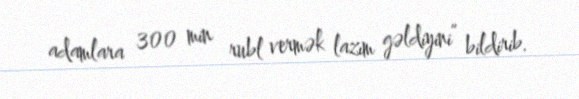
adamlara 300 min rubl vermək lazım gəldiyini” bildirib.